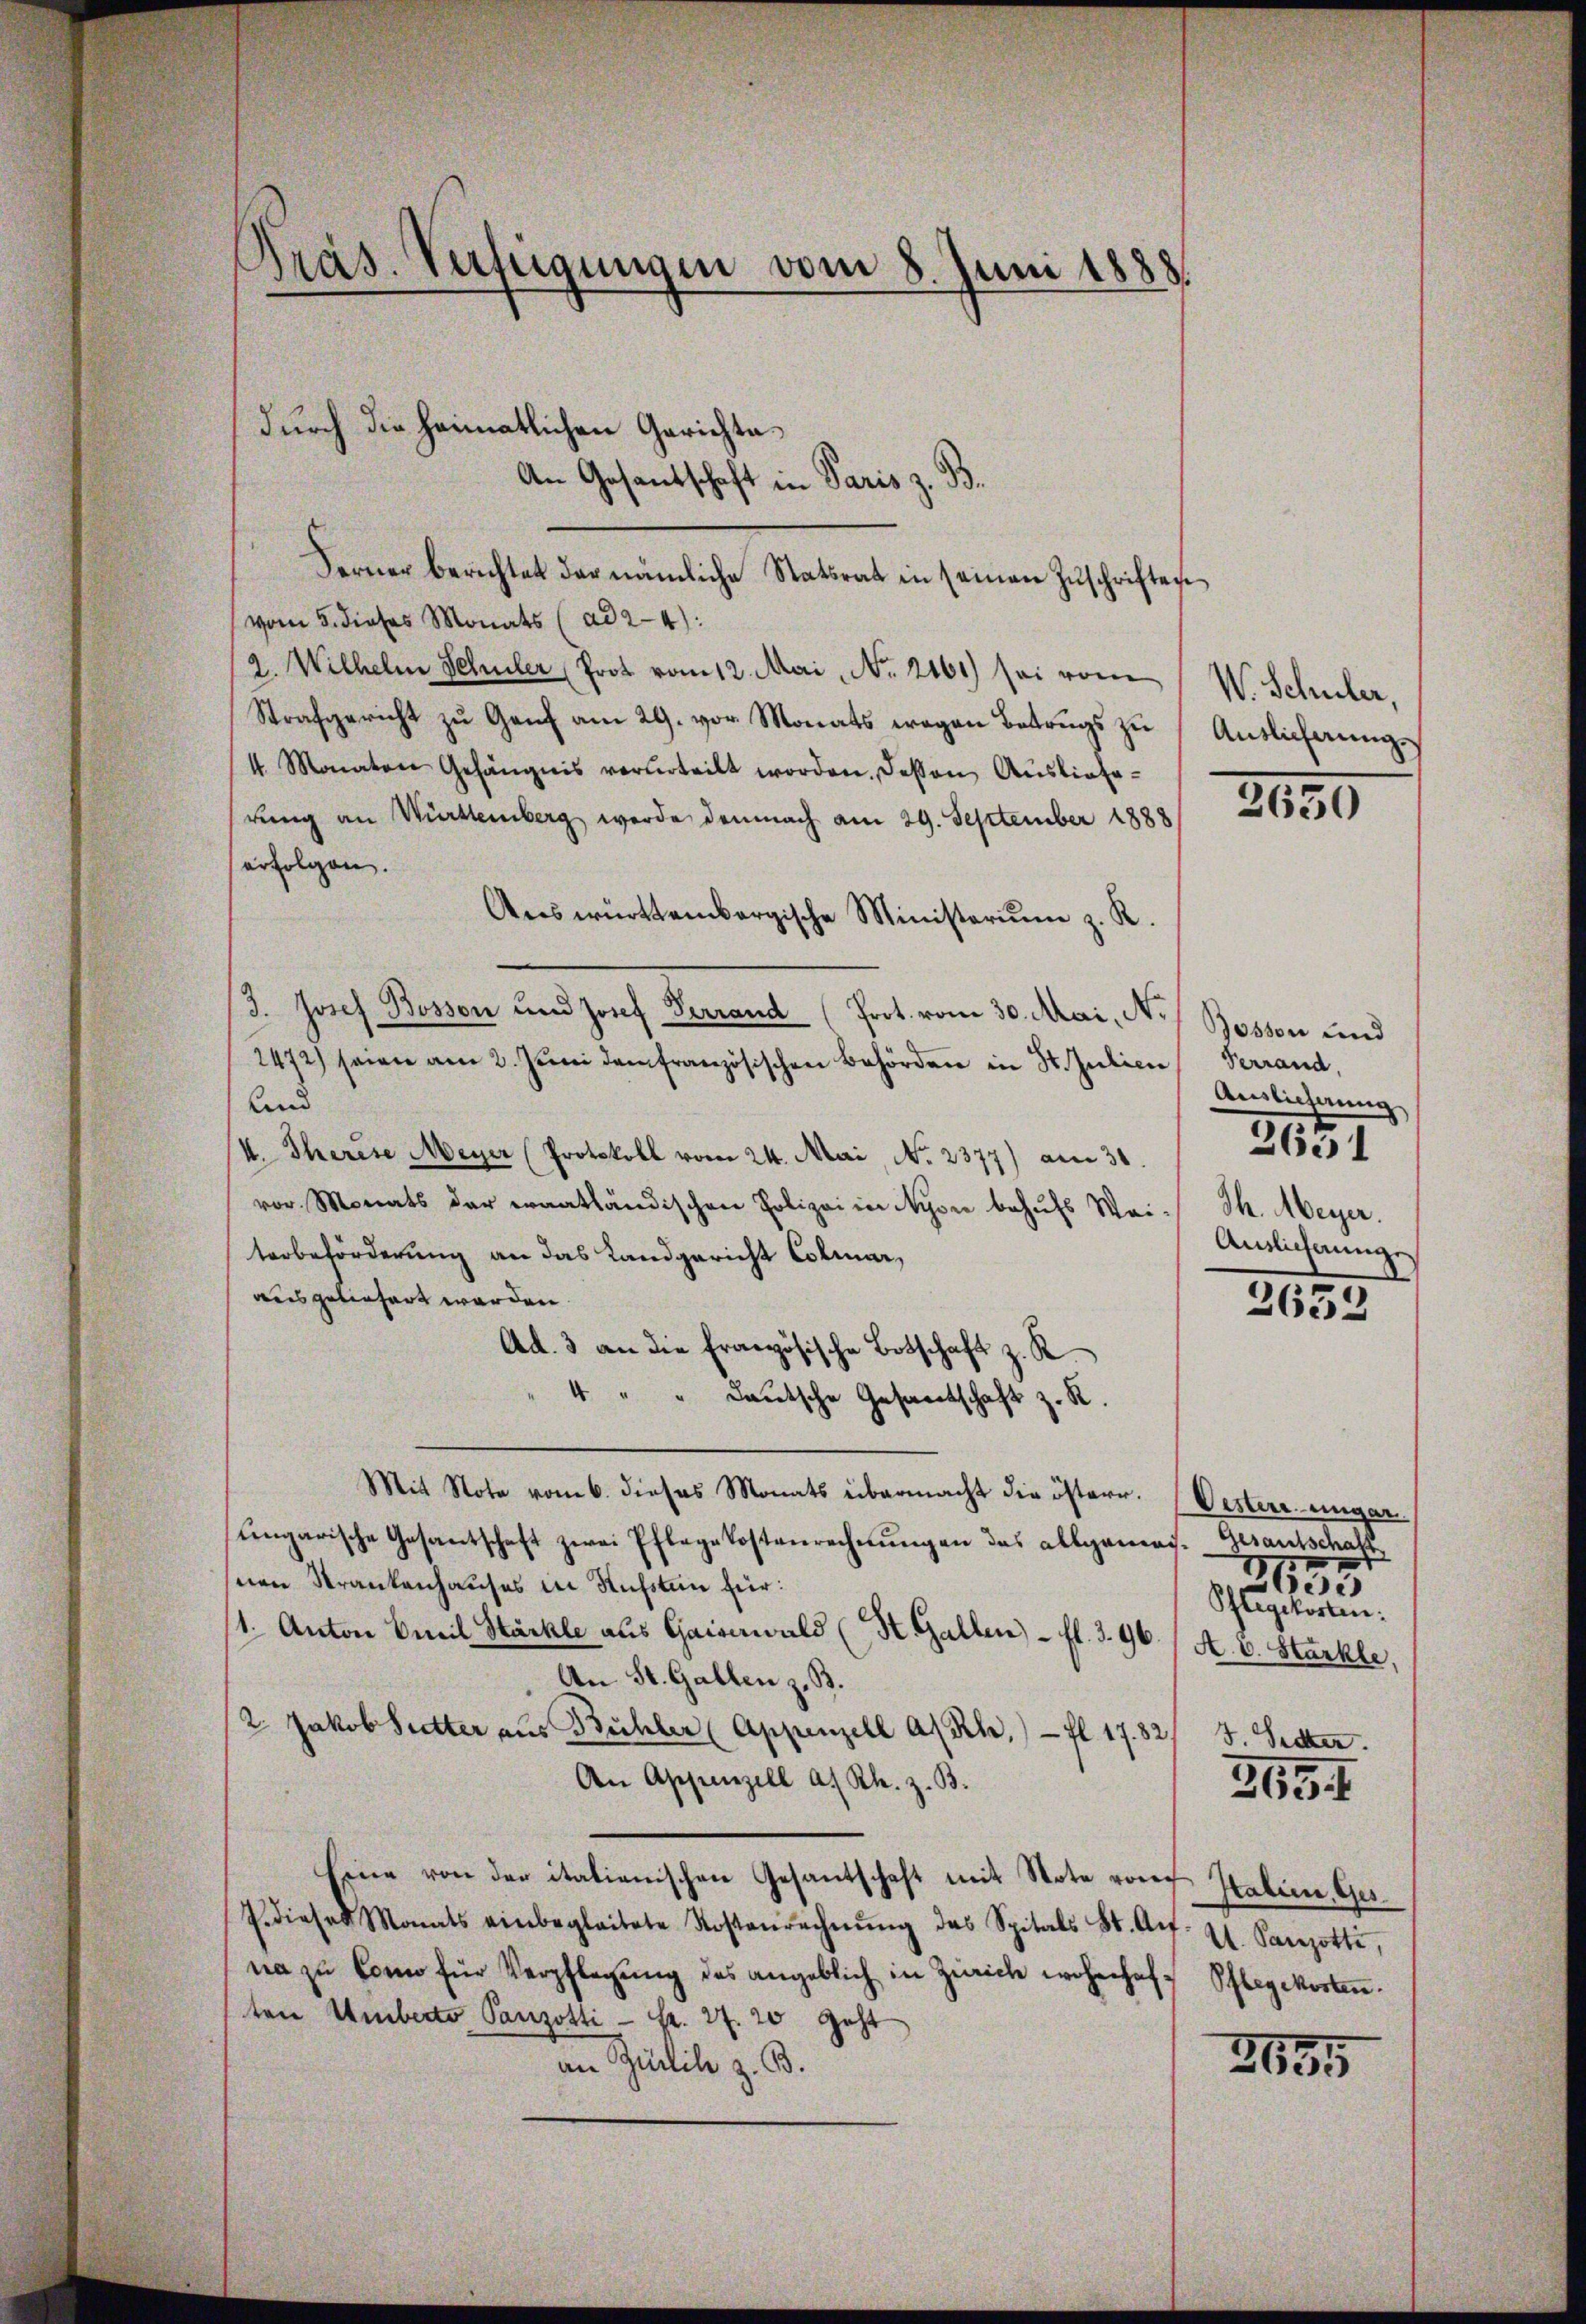
Präs. Verfeigungen vom 8. Juni 1883.

durch die heimatlichen Gerichte¬
An Gesantschaft in Paris z. B.
Ferner berichtet der nämliche Statsrat in seinen Zuschriftes
vom 5. dieses Monats (ad 2-4):
2. Wilhelm Schüler Prot vom 12. Mai, No. 2161) sei vom
Strafgericht zu Genf am 29. vor. Monats wegen Betrugs zu
4. Monaten Gehängnis verurteilt worden. Dessen Ausliefe-
rung an Württemberg werde demnach am 29. September 1888
erfolgen.
Answürttembergische Ministerium z. R.
/3. Josef Bosson und Josef Terrand (Prot. vom 30. Mai, No
2472) seien am 2. Juni dem französischen Behörden in St. Julien
und
I. Therese Meyer (Protokoll vom 24. Mai, No. 2377) am 31.
vor. Monats der eraatländischen Polizei in Nyon behufs Weiterbeförderung an das Landgericht Colmar,
ausgeliefert werden.
Ad. 3 an die Französische Botschaft z. R.
" " deutsche Gesantschaft z. R.
Mit Note vom 6. dieses Monats übermacht die österr. Oestere ungar
ungarische Gesantschaft zwei Pflegekostenrechnungen das allgemach. Gesantschaft
nen Krankenhauses in Kufsten für:
/1. Anton Emil Häckle aus Gaisanwald (St. Gallen - fl. 396 /A. E. Starkle.
An St. Gallen z. B.
/2. Jakob Sutter aus Bühler (Appenzell a/Rh. fl. 1782/ 5. Secker.
An Appenzell a. Rh. z. B.
Eine von der italienischen Gesantschaft mit Note von
7. dieses Monats einbegleitete Kostenrechnŭng des Spitals St. Art. 21. Sarezotti,
na zu Conn für Verpflegung des angeblich in Zürich wohnhaften Umberto Panzotti - Fr. 27. 20 Geht
an Sicile z. B.

W. Schuler,
Auslieferung.

2650

Josson und
Verrand.
Auslichnung
Th. Meyer.
Auslichunge

2651

2652

I
653
Phlegetorten.

3694

Italien, Ges.
Pflegekosten.

2635